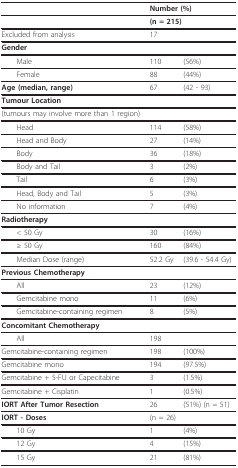
<table><thead><tr><td></td><td colspan="2"><b>Number (%)</b></td></tr></thead><tbody><tr><td></td><td colspan="2"><b>(n = 215)</b></td></tr><tr><td>Excluded from analysis</td><td>17</td><td></td></tr><tr><td><b>Gender</b></td><td></td><td></td></tr><tr><td> Male</td><td>110</td><td>(56%)</td></tr><tr><td> Female</td><td>88</td><td>(44%)</td></tr><tr><td><b>Age (median, range)</b></td><td>67</td><td>(42 - 93)</td></tr><tr><td><b>Tumour Location</b></td><td></td><td></td></tr><tr><td>(tumours may involve more than 1 region)</td><td></td><td></td></tr><tr><td> Head</td><td>114</td><td>(58%)</td></tr><tr><td> Head and Body</td><td>27</td><td>(14%)</td></tr><tr><td> Body</td><td>36</td><td>(18%)</td></tr><tr><td> Body and Tail</td><td>3</td><td>(2%)</td></tr><tr><td> Tail</td><td>6</td><td>(3%)</td></tr><tr><td> Head, Body and Tail</td><td>5</td><td>(3%)</td></tr><tr><td> No information</td><td>7</td><td>(4%)</td></tr><tr><td><b>Radiotherapy</b></td><td></td><td></td></tr><tr><td> &lt; 50 Gy</td><td>30</td><td>(16%)</td></tr><tr><td> ≥ 50 Gy</td><td>160</td><td>(84%)</td></tr><tr><td> Median Dose (range)</td><td>52.2 Gy</td><td>(39.6 - 54.4 Gy)</td></tr><tr><td><b>Previous Chemotherapy</b></td><td></td><td></td></tr><tr><td> All</td><td>23</td><td>(12%)</td></tr><tr><td> Gemcitabine mono</td><td>11</td><td>(6%)</td></tr><tr><td> Gemcitabine-containing regimen</td><td>8</td><td>(5%)</td></tr><tr><td><b>Concomitant Chemotherapy</b></td><td></td><td></td></tr><tr><td> All</td><td>198</td><td></td></tr><tr><td>Gemcitabine-containing regimen</td><td>198</td><td>(100%)</td></tr><tr><td>Gemcitabine mono</td><td>194</td><td>(97.5%)</td></tr><tr><td>Gemcitabine + 5-FU or Capecitabine</td><td>3</td><td>(1.5%)</td></tr><tr><td>Gemcitabine + Cisplatin</td><td>1</td><td>(0.5%)</td></tr><tr><td><b>IORT After Tumor Resection</b></td><td>26</td><td>(51%) (n = 51)</td></tr><tr><td><b>IORT - Doses</b></td><td colspan="2">(n = 26)</td></tr><tr><td> 10 Gy</td><td>1</td><td>(4%)</td></tr><tr><td> 12 Gy</td><td>4</td><td>(15%)</td></tr><tr><td> 15 Gy</td><td>21</td><td>(81%)</td></tr></tbody></table>